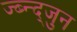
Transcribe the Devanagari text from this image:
ज्ब्न्द्जुन